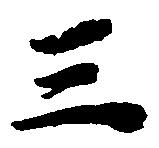
三